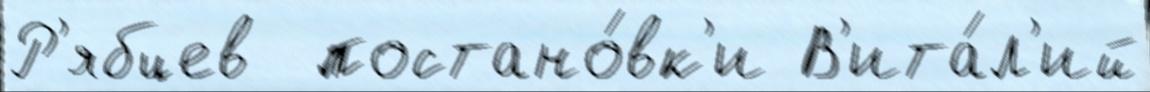
Р'ябцев  постано́вк'и В'ита́л'ий